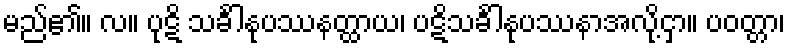
မည်၏။ လ။ ပုဋိ သင်္ခါနုပဿနတ္ထာယ၊ ပဋိသင်္ခါနုပဿနာအလို့ငှာ။ ပဝတ္တာ၊